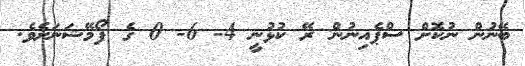
ބޭނުން ނުކޮށް ސްޕެއިނުން ރޭ ކުޅުނީ 4- 6- 0 ގެ ފޯމޭޝަނަށެވެ.